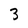
Character: 3